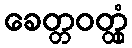
ခေတ္တဝတ္ထုံ